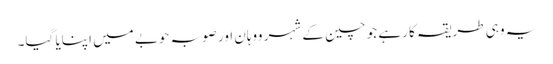
یہ وہی طریقہ کا رہے جو چین کے شہر ووہان اور صوبہ حوبے میں اپنایا گیا۔